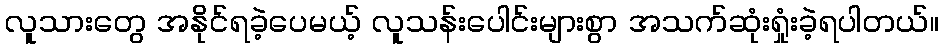
လူသားတွေ အနိုင်ရခဲ့ပေမယ့် လူသန်းပေါင်းများစွာ အသက်ဆုံးရှုံးခဲ့ရပါတယ်။